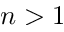
n > 1